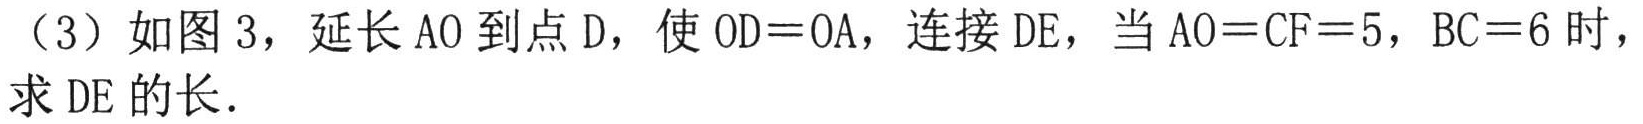
（3）如图3，延长\(AO\)到点\(D\)，使\(OD = OA\)，连接\(DE\)，当\(AO = CF = 5\)，\(BC = 6\)时，求\(DE\)的长．